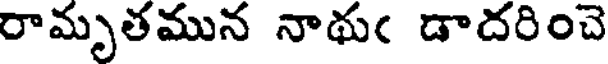
రామృతమున నాథుఁ డాదరించె